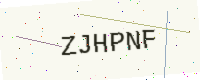
Text: ZJHPNF